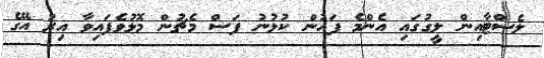
ލެސްޓާއިން ލީގުގައި އެންމެ ފަހުން ކުޅުނު ފަސް މެޗުން މޮޅުވެފައިވާ އިރު އޭގެ